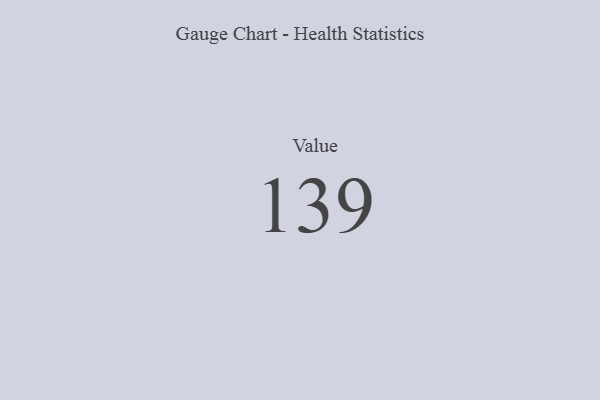
{"axis": {"x": "Metric", "y": "Value"}, "legend": [""], "data": [{"x": "Value", "y": 139, "type": ""}]}